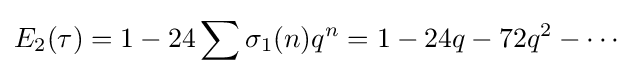
E_{2}(\tau )=1-24\sum \sigma _{1}(n)q^{n}=1-24q-72q^{2}-\cdots